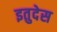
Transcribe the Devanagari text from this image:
इतुदेस